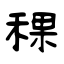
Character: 稞